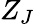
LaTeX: Z_{J}